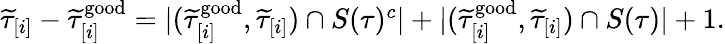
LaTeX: \begin{array}{r}{\widetilde{\tau}_{[i]}-\widetilde{\tau}_{[i]}^{\mathrm{good}}=|(\widetilde{\tau}_{[i]}^{\mathrm{good}},\widetilde{\tau}_{[i]})\cap S(\tau)^{c}|+|(\widetilde{\tau}_{[i]}^{\mathrm{good}},\widetilde{\tau}_{[i]})\cap S(\tau)|+1.}\end{array}